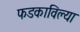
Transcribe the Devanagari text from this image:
फडकाविल्या